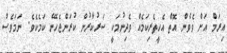
އިރަމް އަށް ވެވެން އޮތް އެހީތެރިކަމެއް ވެދިނުމަކީ ސަރުކާރުން ކުރަންޖެހޭނެ ކަމެކެވެ. ނަމަވެސް